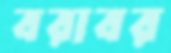
বরাবর